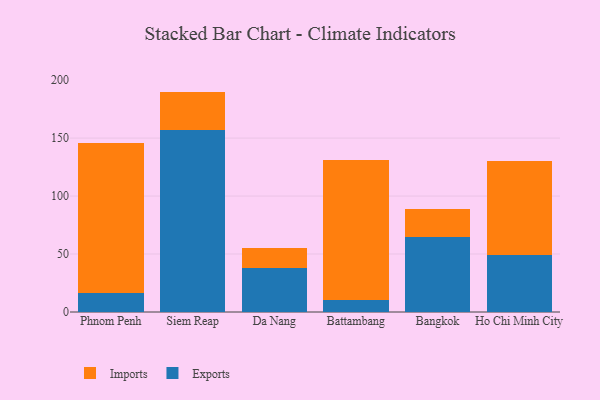
{"axis": {"x": "City", "y": "Page Views"}, "legend": ["Exports", "Imports"], "data": [{"x": "Phnom Penh", "y": 16.2, "type": "Exports"}, {"x": "Phnom Penh", "y": 129.9, "type": "Imports"}, {"x": "Siem Reap", "y": 157.1, "type": "Exports"}, {"x": "Siem Reap", "y": 33.0, "type": "Imports"}, {"x": "Da Nang", "y": 37.8, "type": "Exports"}, {"x": "Da Nang", "y": 17.1, "type": "Imports"}, {"x": "Battambang", "y": 10.0, "type": "Exports"}, {"x": "Battambang", "y": 121.1, "type": "Imports"}, {"x": "Bangkok", "y": 64.4, "type": "Exports"}, {"x": "Bangkok", "y": 24.4, "type": "Imports"}, {"x": "Ho Chi Minh City", "y": 49.2, "type": "Exports"}, {"x": "Ho Chi Minh City", "y": 81.0, "type": "Imports"}]}